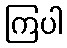
ကြပါ